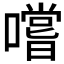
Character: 嚐